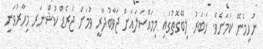
ނުހިމެނޭ ކަމަށެވެ. ޚަބަރު ލިބޭގޮތުގައި މިމައްސަލައަށް ޖަވާބުދާރީ ވުމަށް ޖެރެޑް ކުޝްނަރ މިހާރުވަނީ